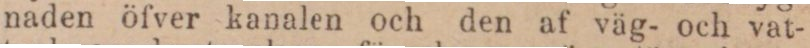
naden öfver kanalen och den af väg- och vat-